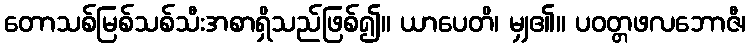
တောသစ်မြစ်သစ်သီးအစာရှိသည်ဖြစ်၍။ ယာပေတိ၊ မျှ၏။ ပဝတ္တဖလဘောဇီ၊